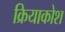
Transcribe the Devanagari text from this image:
क्रियाकोश